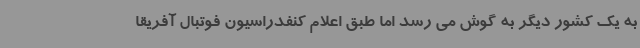
به یک کشور دیگر به گوش می رسد اما طبق اعلام کنفدراسیون فوتبال آفریقا